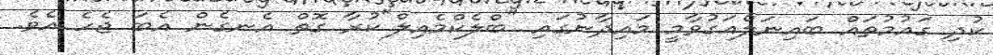
ކުދި ގައުމުތައް ބައިނަލްއަގުވާމީ މައިދާނުގައި "ބްލެކްމެއިލް"ކުރާ ގޮތް އެނގެން އެބަ ޖެހެ އެވެ.